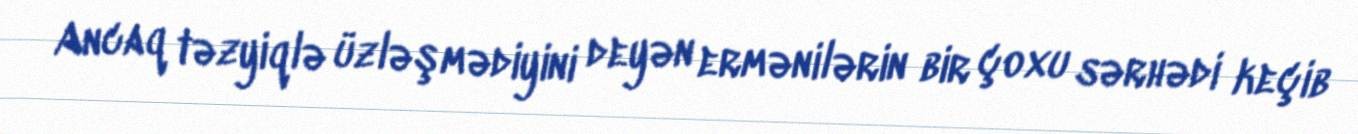
Ancaq təzyiqlə üzləşmədiyini deyən ermənilərin bir çoxu sərhədi keçib